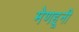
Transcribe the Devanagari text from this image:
मेणहूनी